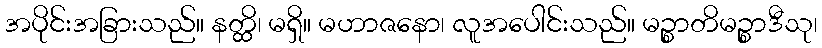
အပိုင်းအခြားသည်။ နတ္ထိ၊ မရှိ။ မဟာဇနော၊ လူအပေါင်းသည်။ မဉ္စာတိမဉ္စာဒီသု၊